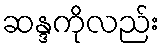
ဆန္ဒကိုလည်း